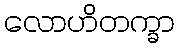
လောဟိတက္ခာ